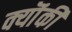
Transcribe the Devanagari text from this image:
क्यॊंकी